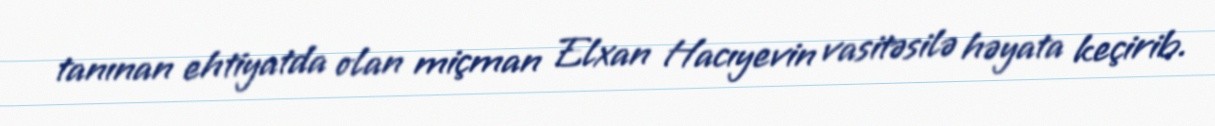
tanınan ehtiyatda olan miçman Elxan Hacıyevin vasitəsilə həyata keçirib.